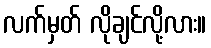
လက်မှတ် လိုချင်လို့လား။